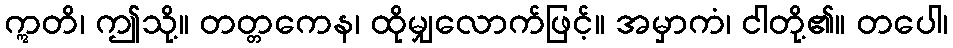
ဣတိ၊ ဤသို့။ တတ္တကေန၊ ထိုမျှလောက်ဖြင့်။ အမှာကံ၊ ငါတို့၏။ တပေါ၊